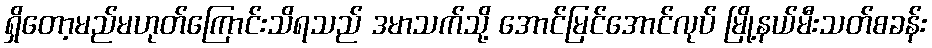
ရှိတော့မည်မဟုတ်ကြောင်းသိရသည် ဒမာသက်သို့ အောင်မြင်အောင်လုပ် မြို့နယ်မီးသတ်စခန်း